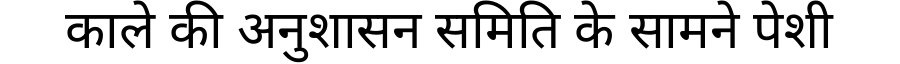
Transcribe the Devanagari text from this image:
काले की अनुशासन समिति के सामने पेशी